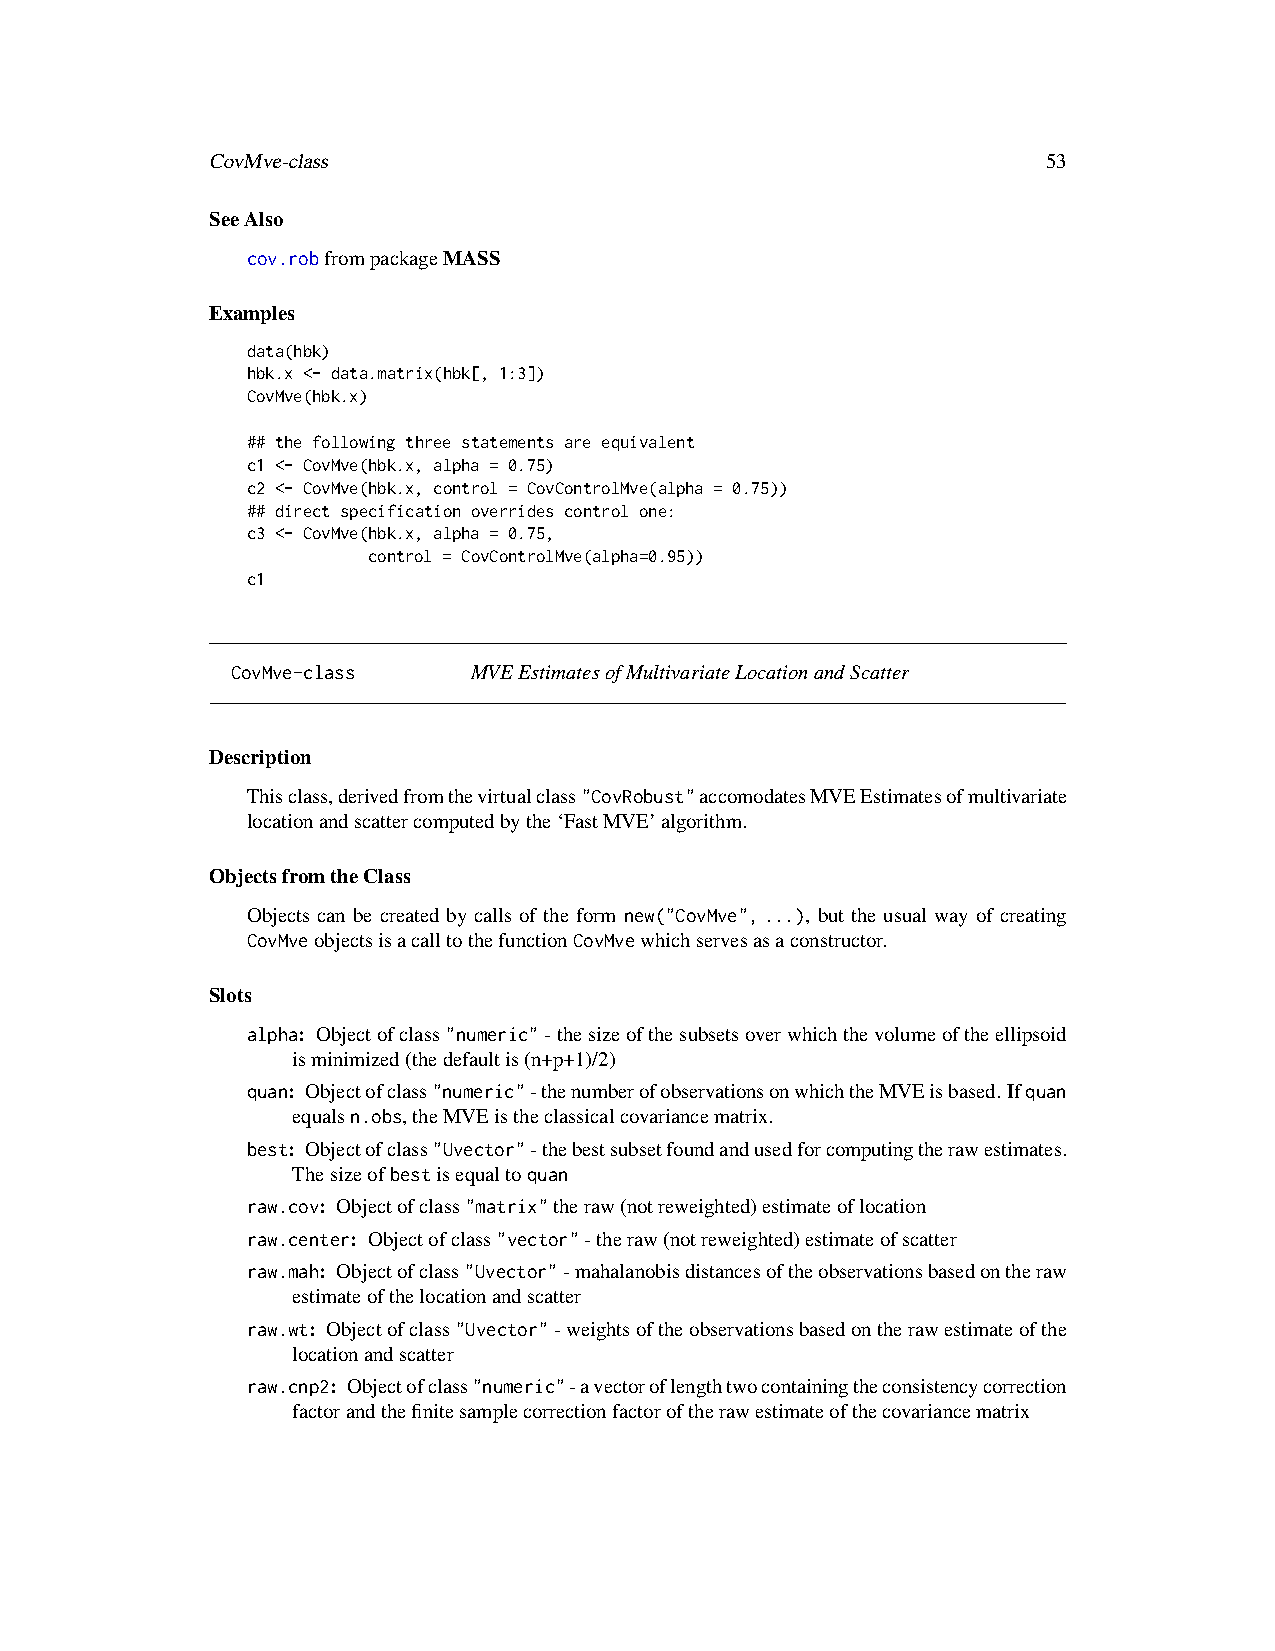
CovMve-class                                           53
 SeeAlso
 cov.robfrompackageMASS
 Examples
 data(hbk)
 hbk.x <- data.matrix(hbk[, 1:3])
 CovMve(hbk.x)
 ## the following three statements are equivalent
 c1 <- CovMve(hbk.x, alpha = 0.75)
 c2 <- CovMve(hbk.x, control = CovControlMve(alpha = 0.75))
 ## direct specification overrides control one:
 c3 <- CovMve(hbk.x, alpha = 0.75,
 control = CovControlMve(alpha=0.95))
 c1
 CovMve-class    MVEEstimatesofMultivariateLocationandScatter
 Description
 Thisclass,derivedfromthevirtualclass"CovRobust"accomodatesMVEEstimatesofmultivariate
 locationandscattercomputedbythe‘FastMVE’algorithm.
 ObjectsfromtheClass
 Objects can be created by calls of the form new("CovMve",...), but the usual way of creating
 CovMveobjectsisacalltothefunctionCovMvewhichservesasaconstructor.
 Slots
 alpha: Objectofclass"numeric"-thesizeofthesubsetsoverwhichthevolumeoftheellipsoid
 isminimized(thedefaultis(n+p+1)/2)
 quan: Objectofclass"numeric"-thenumberofobservationsonwhichtheMVEisbased.Ifquan
 equalsn.obs,theMVEistheclassicalcovariancematrix.
 best: Objectofclass"Uvector"-thebestsubsetfoundandusedforcomputingtherawestimates.
 Thesizeofbestisequaltoquan
 raw.cov: Objectofclass"matrix"theraw(notreweighted)estimateoflocation
 raw.center: Objectofclass"vector"-theraw(notreweighted)estimateofscatter
 raw.mah: Objectofclass"Uvector"-mahalanobisdistancesoftheobservationsbasedontheraw
 estimateofthelocationandscatter
 raw.wt: Objectofclass"Uvector"-weightsoftheobservationsbasedontherawestimateofthe
 locationandscatter
 raw.cnp2: Objectofclass"numeric"-avectoroflengthtwocontainingtheconsistencycorrection
 factorandthefinitesamplecorrectionfactoroftherawestimateofthecovariancematrix